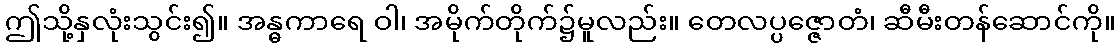
ဤသို့နှလုံးသွင်း၍။ အန္ဓကာရေ ဝါ၊ အမိုက်တိုက်၌မူလည်း။ တေလပ္ပဇ္ဇောတံ၊ ဆီမီးတန်ဆောင်ကို။